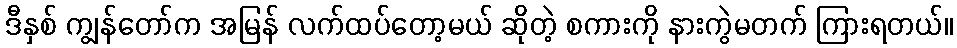
ဒီနှစ် ကျွန်တော်က အမြန် လက်ထပ်တော့မယ် ဆိုတဲ့ စကားကို နားကွဲမတက် ကြားရတယ်။